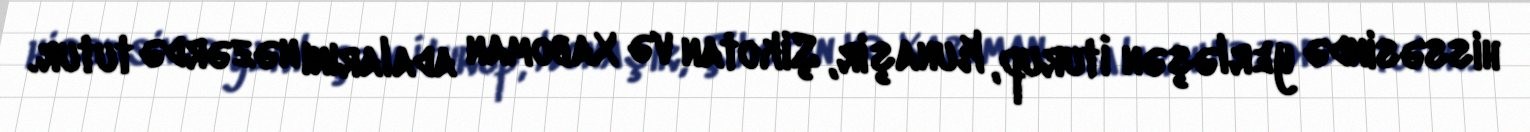
hissəsində yerləşən İturup, Kunaşir, Şikotan və Xaboman adalarını nəzərdə tutur.